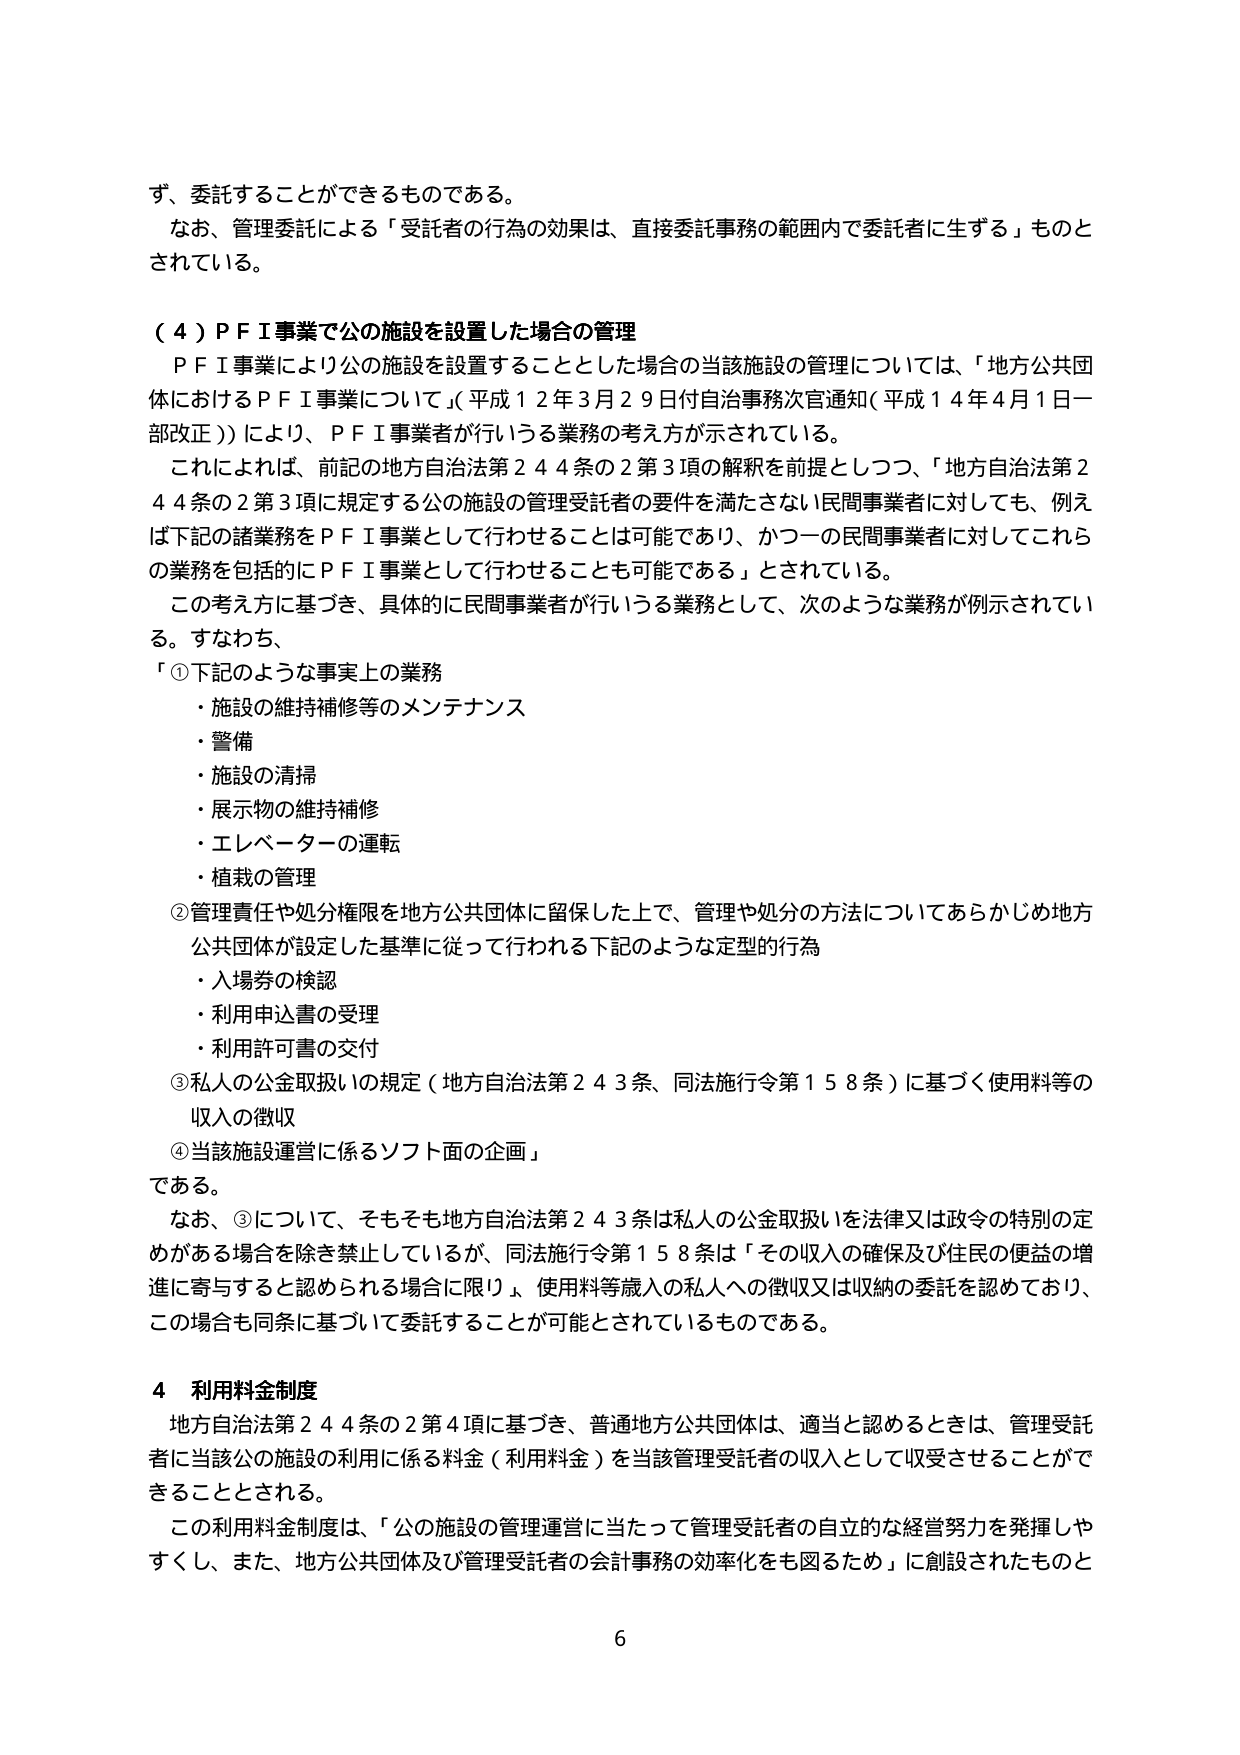
ず、委託することができるものである。
なお、管理委託による「受託者の行為の効果は、直接委託事務の範囲内で委託者に生ずる」ものとされている。

（４）ＰＦＩ事業で公の施設を設置した場合の管理
ＰＦＩ事業により公の施設を設置することとした場合の当該施設の管理については、「地方公共団体におけるＰＦＩ事業について」（平成１２年３月２９日付自治事務次官通知（平成１４年４月１日一部改正））により、ＰＦＩ事業者が行う業務の考え方が示されている。
これにより、前記の地方自治法第２４４条の２第３項の解釈を前提としつつ、「地方自治法第２４４条の２第３項に規定する公の施設の管理受託者の要件を満たさない民間事業者に対しても、例えば下記の諸業務をＰＦＩ事業として行わせることは可能であり、かつ一の民間事業者に対してこれらの業務を包括的にＰＦＩ事業として行わせることも可能である」とされている。
この考え方に基づき、具体的に民間事業者が行う業務として、次のような業務が例示されている。すなわち、
「①下記のような事実上の業務
・施設の維持補修等のメンテナンス
・警備
・施設の清掃
・展示物の維持補修
・エレベーターの運転
・植栽の管理
②管理責任や処分権限を地方公共団体に留保した上で、管理や処分の方法についてあらかじめ地方公共団体が設定した基準に従って行われる下記のような定型的行為
・入場券の検認
・利用申込書の受理
・利用許可書の交付
③私人の公金取扱いの規定（地方自治法第２４３条、同法施行令第１５８条）に基づく使用料等の収入の徴収
④当該施設運営に係るソフト面の企画」
である。
なお、③について、そもそも地方自治法第２４３条は私人の公金取扱いを法律又は政令の特別の定めがある場合を除き禁止しているが、同法施行令第１５８条は「その収入の確保及び住民の便益の増進に寄与すると認められる場合に限り」、使用料等歳入の私人への徴収又は収納の委託を認めており、この場合も同条に基づいて委託することが可能とされているものである。

４ 利用料金制度
地方自治法第２４４条の２第４項に基づき、普通地方公共団体は、適当と認めるときは、管理受託者に当該公の施設の利用に係る料金（利用料金）を当該管理受託者の収入として収受させることができる。
この利用料金制度は、「公の施設の管理運営に当たって管理受託者の自立的な経営努力を発揮しやすくし、また、地方公共団体及び管理受託者の会計事務の効率化をも図るため」に創設されたものと

6